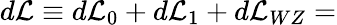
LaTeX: d{\cal{L}}\equiv d{\cal{L}}_{0}+d{\cal{L}}_{1}+d{\cal{L}}_{WZ}=